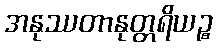
အနုဿတာနုတ္တရိယဉ္စ